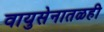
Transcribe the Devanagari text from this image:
वायुसेनातळही